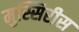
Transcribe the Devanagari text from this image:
मुस्सिरीस